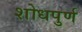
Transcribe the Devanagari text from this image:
शोधपुर्ण